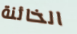
الخائنة